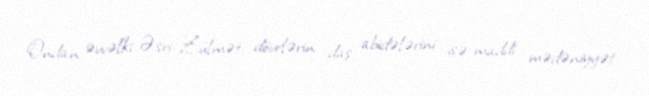
Ondan əvvəlki Əsri-Zülmət dövrlərin daş abidələrini isə maddi mədəniyyət